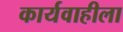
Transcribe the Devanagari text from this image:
कार्यवाहीला